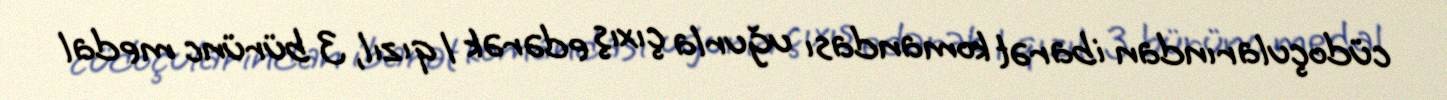
cüdoçularından ibarət komandası uğurla çıxış edərək 1 qızıl, 3 bürünc medal